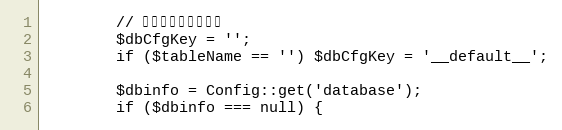
Language: PHP
		// 获取数据库配置信息
		$dbCfgKey = '';
		if ($tableName == '') $dbCfgKey = '__default__';

		$dbinfo = Config::get('database');
		if ($dbinfo === null) {